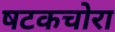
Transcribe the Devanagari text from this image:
षटकचोरा